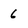
Character: 6